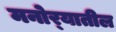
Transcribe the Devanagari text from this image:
मनोर्‍यातील